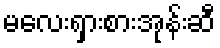
မလေးရှားစားအုန်းဆီ